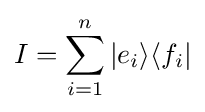
I=\sum _{i=1}^{n}|e_{i}\rangle \langle f_{i}|